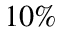
1 0 \%